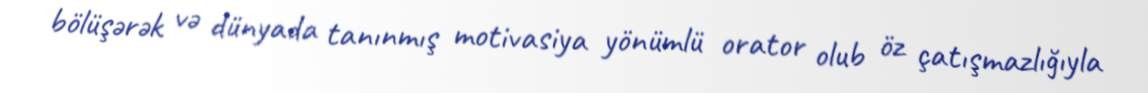
bölüşərək və dünyada tanınmış motivasiya yönümlü orator olub öz çatışmazlığıyla